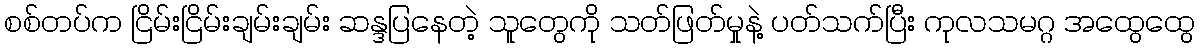
စစ်တပ်က ငြိမ်းငြိမ်းချမ်းချမ်း ဆန္ဒပြနေတဲ့ သူတွေကို သတ်ဖြတ်မှုနဲ့ ပတ်သက်ပြီး ကုလသမဂ္ဂ အထွေထွေ